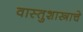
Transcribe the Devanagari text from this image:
वास्तुशास्त्राचे